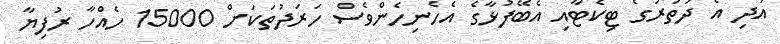
އަދި އެ ދަތުރުގެ ޓިކެޓާއި އެބޭފުޅާގެ އެހެނިހެންވެސް ހަރަދުތަކަށް 15000 ހެއްހާ ރުފިޔާ